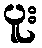
ပူး